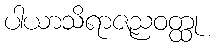
ပါယာသိရာဇညဝတ္ထု